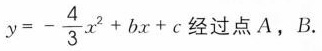
$$y=- \frac{4}{3}x^{2}+bx+c$$ 经过点A，B.